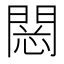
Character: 𨴮